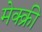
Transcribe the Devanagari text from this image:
मेक्क्री